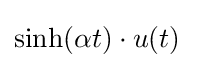
\sinh(\alpha t)\cdot u(t)\